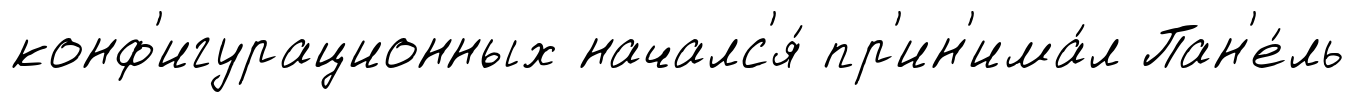
конф'игурационных началс'я́ пр'ин'има́л Пан'е́ль